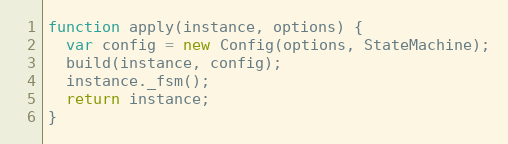
Language: JavaScript
function apply(instance, options) {
  var config = new Config(options, StateMachine);
  build(instance, config);
  instance._fsm();
  return instance;
}